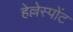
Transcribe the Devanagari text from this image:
हेल्लेस्पोंट